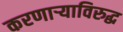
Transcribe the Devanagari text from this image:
करणार्‍याविरुद्ध